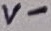
Text: V-